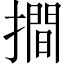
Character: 𢵧